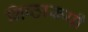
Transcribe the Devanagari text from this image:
निष्ठारूपी